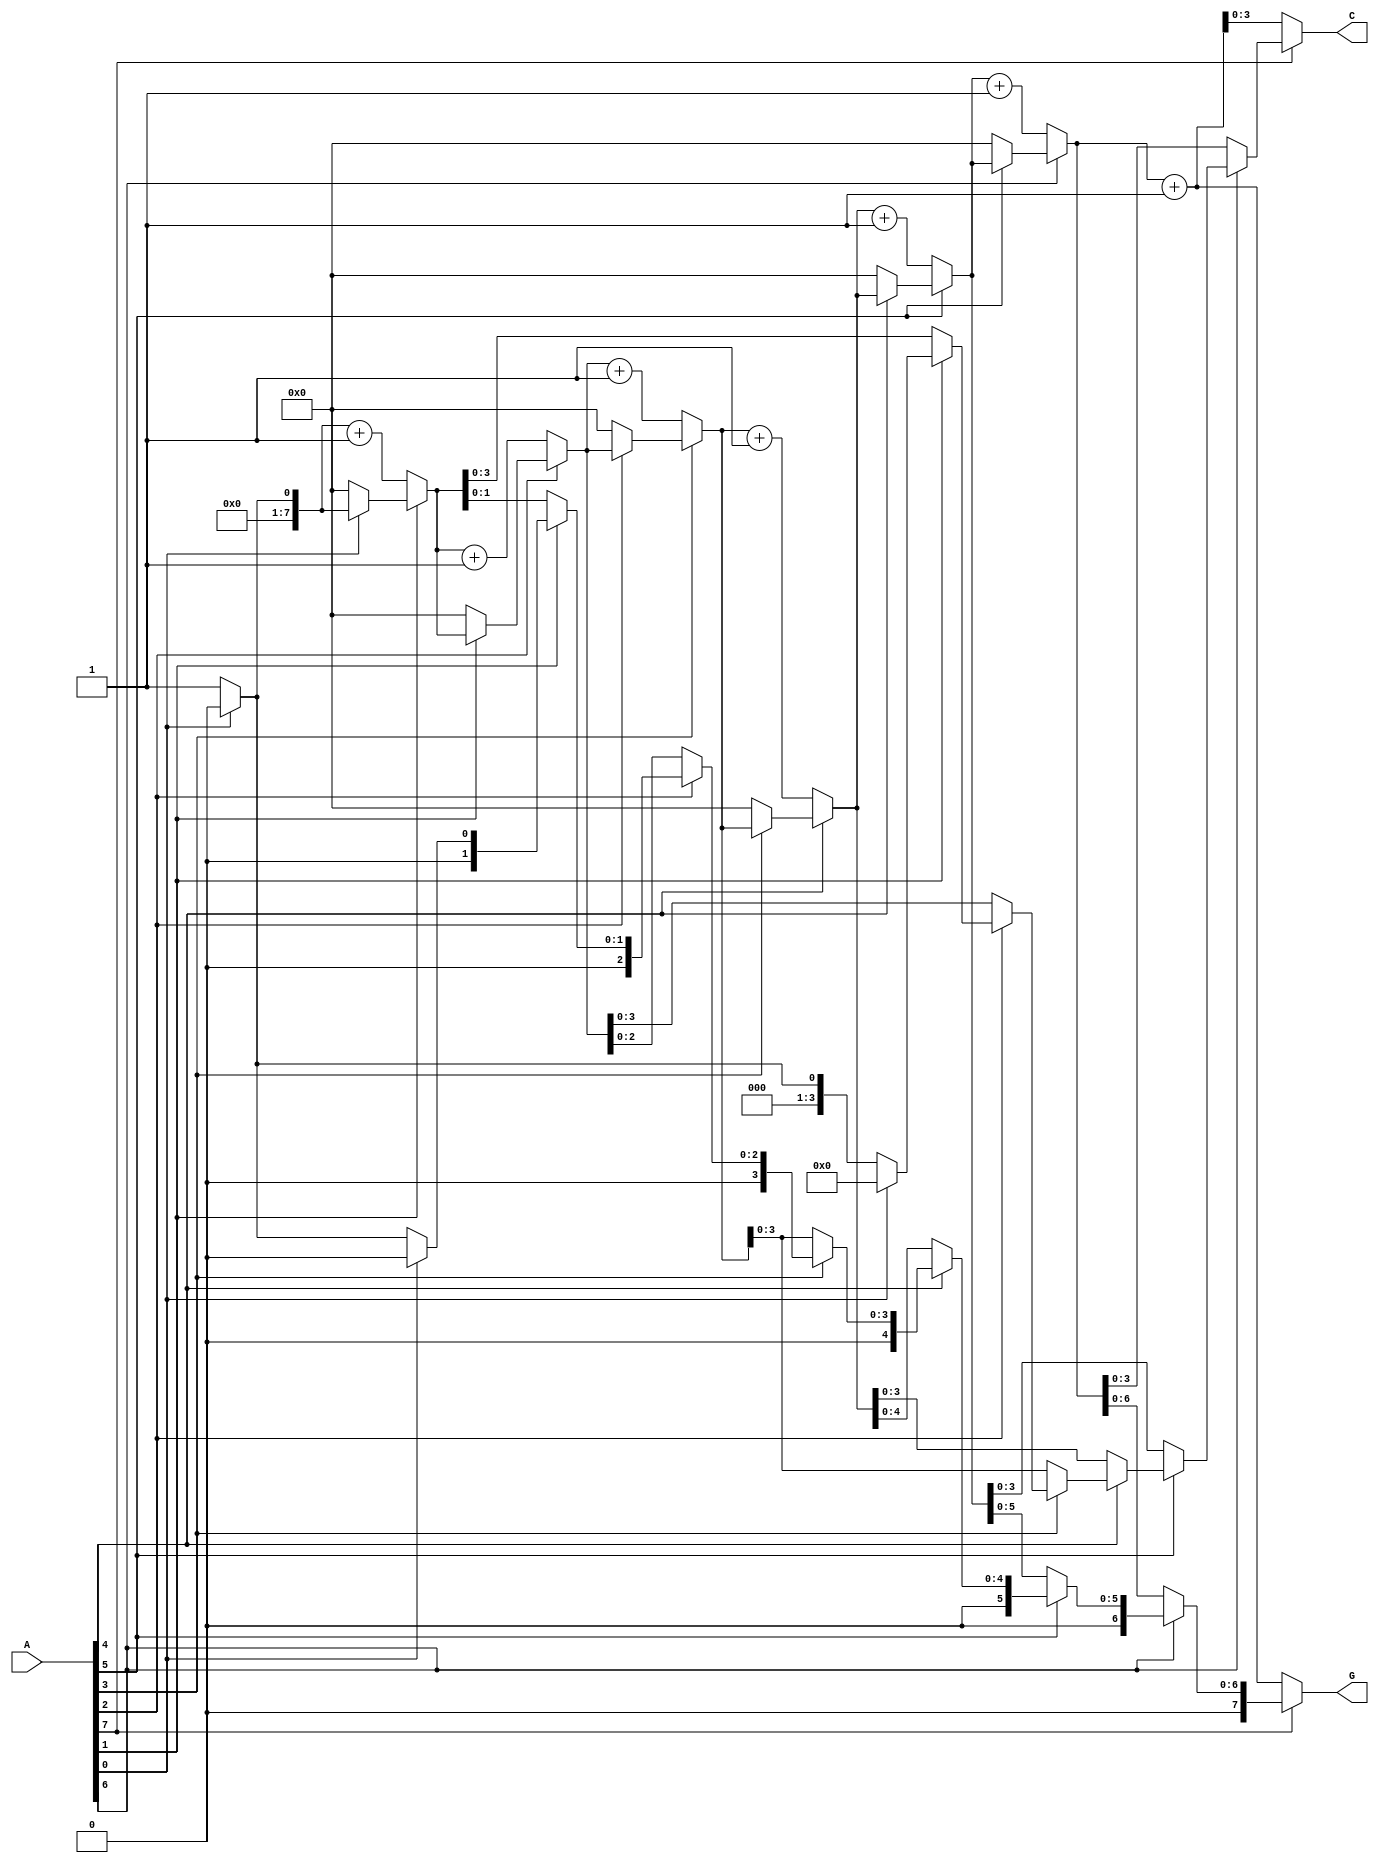
module grouping_of_zeros #(
    parameter N = 8  // Input size
)(
    input wire [N-1:0] A,   // Input signal
    output reg [N-1:0] G,   // Grouped output (binary representation)
    output reg [$clog2(N):0] C // Count of consecutive zeros (size based on N)
);

    integer i;
    reg [N-1:0] temp_G; // Temporary grouped output
    reg [N-1:0] zero_count; // Count of zeros
    reg in_zero_group;

    always @(*) begin
        // Initialize outputs
        G = 0;
        C = 0;
        zero_count = 0;
        in_zero_group = 0;

        for (i = 0; i < N; i = i + 1) begin
            if (A[i] == 0) begin
                // Increment zero count
                zero_count = zero_count + 1;
                in_zero_group = 1;
            end else begin
                // If we encounter a one after a group of zeros
                if (in_zero_group) begin
                    // Mark the group of zeros in output
                    // Here we can choose to represent the grouped zeros
                    // In this case, we're setting the output bits corresponding to the zero count
                    G[i-1:0] = zero_count; // Store count of zeros
                    C = zero_count; // Assign count output
                    zero_count = 0; // Reset count for the next group
                    in_zero_group = 0; // Exit zero group
                end
            end
        end
        
        // Handle case where input ends with zeros
        if (in_zero_group) begin
            G[N-1:0] = zero_count; // Store the remaining zeros count
            C = zero_count; // Assign count output
        end
    end

endmodule